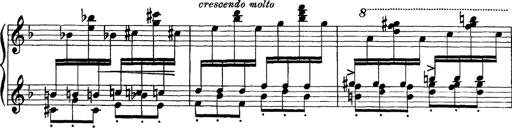
Title: Scherzo und Marsch
Composer: Franz Liszt